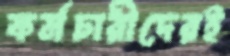
কর্মচারীদেরই